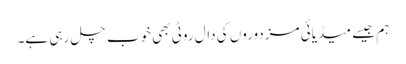
ہم جیسے میڈیائی مزدوروں کی دال روٹی بھی خوب چل رہی ہے۔